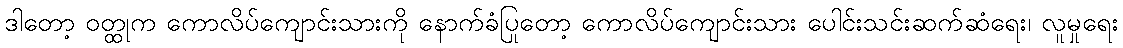
ဒါတော့ ဝတ္ထုက ကောလိပ်ကျောင်းသားကို နောက်ခံပြုတော့ ကောလိပ်ကျောင်းသား ပေါင်းသင်းဆက်ဆံရေး၊ လူမှုရေး